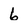
Character: 6